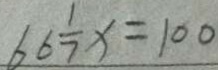
6 6 \frac { 1 } { 7 } x = 1 0 0